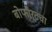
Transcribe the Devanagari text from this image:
बोफोर्टचा